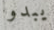
يبدو